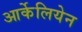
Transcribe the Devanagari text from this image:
आर्केलियेन